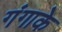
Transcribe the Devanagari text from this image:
गंगाके